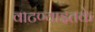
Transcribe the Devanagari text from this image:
वाटण्याइतके